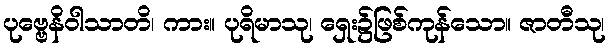
ပုဗ္ဗေနိဝါသာတိ၊ ကား။ ပုရိမာသု၊ ရှေး၌ဖြစ်ကုန်သော။ ဇာတီသု၊